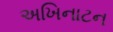
અખિનાટન